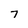
Character: 7